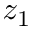
z _ { 1 }